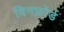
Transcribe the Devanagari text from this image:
विनफ़ोर्ड